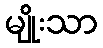
မျိုးသာ